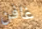
غافن